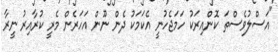
"އަސްލުވެސްތަ ކޮންއިރަކު ހަމަޖެހުނީ އެކަމަކު ދެން ނޫން އަހަރެން މެރީ ކުރާއިރު ނީރާ